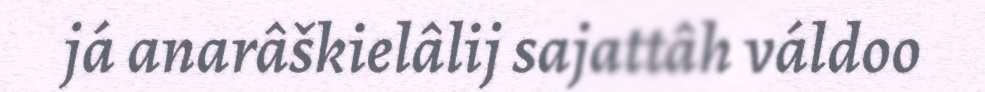
já anarâškielâlij sajattâh váldoo